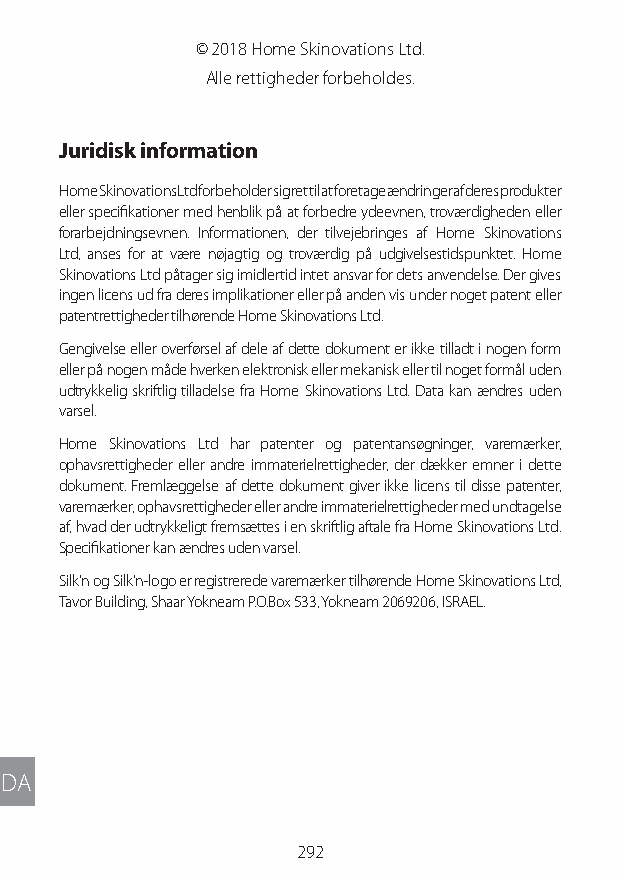
© 2018 Home Skinovations Ltd.
 Alle rettigheder forbeholdes.
 Juridisk information
 Home Skinovations Ltd forbeholder sig ret til at foretage ændringer af deres produkter
 eller specifikationer med henblik på at forbedre ydeevnen, troværdigheden eller
 forarbejdningsevnen. Informationen, der tilvejebringes af Home Skinovations
 Ltd, anses for at være nøjagtig og troværdig på udgivelsestidspunktet. Home
 Skinovations Ltd påtager sig imidlertid intet ansvar for dets anvendelse. Der gives
 ingen licens ud fra deres implikationer eller på anden vis under noget patent eller
 patentrettigheder tilhørende Home Skinovations Ltd.
 Gengivelse eller overførsel af dele af dette dokument er ikke tilladt i nogen form
 eller på nogen måde hverken elektronisk eller mekanisk eller til noget formål uden
 udtrykkelig skriftlig tilladelse fra Home Skinovations Ltd. Data kan ændres uden
 varsel.
 Home Skinovations Ltd har patenter og patentansøgninger, varemærker,
 ophavsrettigheder eller andre immaterielrettigheder, der dækker emner i dette
 dokument. Fremlæggelse af dette dokument giver ikke licens til disse patenter,
 varemærker, ophavsrettigheder eller andre immaterielrettigheder med undtagelse
 af, hvad der udtrykkeligt fremsættes i en skriftlig aftale fra Home Skinovations Ltd.
 Specifikationer kan ændres uden varsel.
 Silk’n og Silk’n-logo er registrerede varemærker tilhørende Home Skinovations Ltd,
 Tavor Building, Shaar Yokneam P.O.Box 533, Yokneam 2069206, ISRAEL.
 DA
 292
 Lipo UM EU124 3545B inside ALL EU124 ED296-24 release.indd 292 14/08/2018 10:57:51